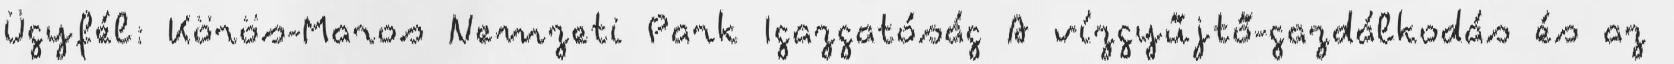
Ügyfél: Körös-Maros Nemzeti Park Igazgatóság A vízgyűjtő-gazdálkodás és az